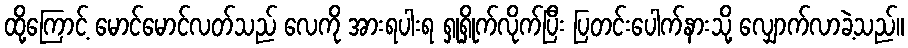
ထို့ကြောင့် မောင်မောင်လတ်သည် လေကို အားရပါးရ ရှုရှိုက်လိုက်ပြီး ပြတင်းပေါက်နားသို့ လျှောက်လာခဲ့သည်။